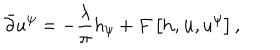
\bar { \partial } u ^ { \psi } = - { \frac { \lambda } { \pi } } h _ { \psi } + F \left[ { \bf h } , { \bf u } , u ^ { \psi } \right] ,